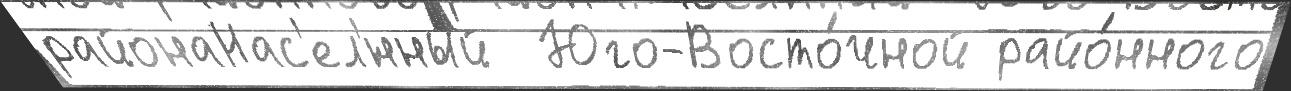
районаНас'ел'́нный  Юго-Восто́чной райо́нного